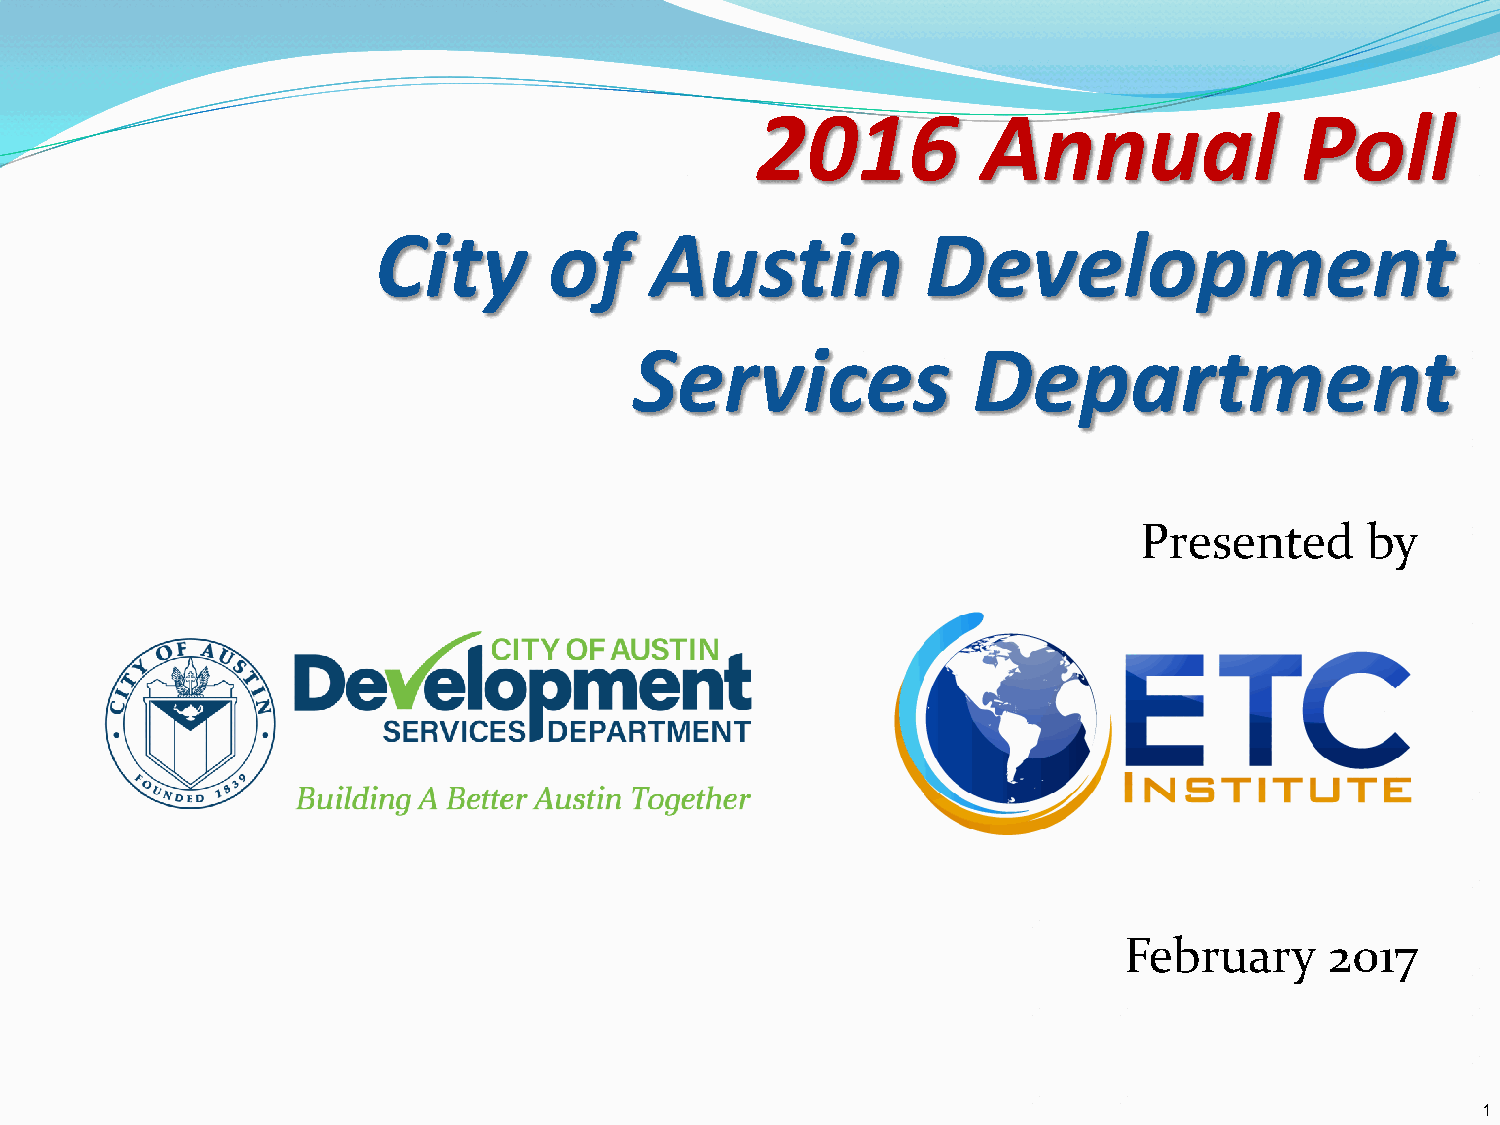
2016           Annual               Poll
 City       of     Austin            Development
 Services              Department
 Presented       by
 February      2017
 1